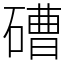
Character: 𥕢